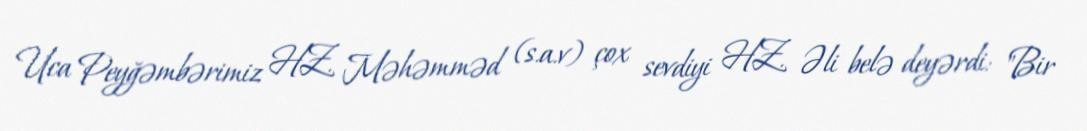
Uca Peyğəmbərimiz HZ. Məhəmməd (s.a.v) çox sevdiyi HZ. Əli belə deyərdi: "Bir